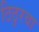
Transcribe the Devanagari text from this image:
ठिठुरवा